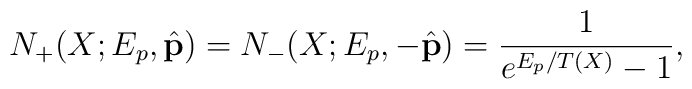
N_+ (X; E_p, \hat{\bf p}) = N_- (X; E_p, - \hat{\bf p}) = \frac{1}{e^{E_p / T (X)} - 1} ,